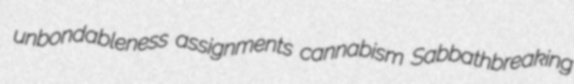
unbondableness assignments cannabism Sabbathbreaking